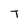
Character: T